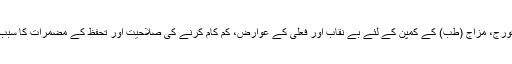
کارکنوں میں فورج، مزاج (طب) کے کمپن کے لئے بے نقاب اور فعلی کے عوارض، کم کام کرنے کی صلاحیت اور تحفظ کے مضمرات کا سبب بن سکتا ہے ۔